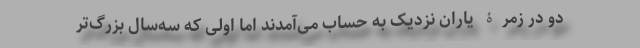
دو در زمرۀ یاران نزدیک به حساب می‌آمدند اما اولی که سه‌سال بزرگ‌تر